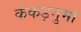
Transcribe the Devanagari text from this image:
कंकड़नुमा